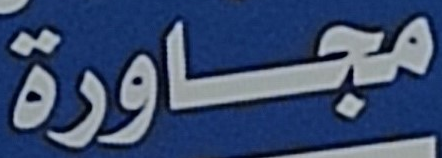
مجاورة